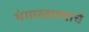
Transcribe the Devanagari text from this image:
भंगारवाल्याचे